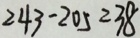
2 4 3 - 2 0 5 = 3 8